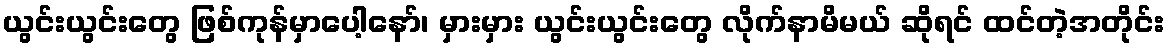
ယွင်းယွင်းတွေ ဖြစ်ကုန်မှာပေါ့နော်၊ မှားမှား ယွင်းယွင်းတွေ လိုက်နာမိမယ် ဆိုရင် ထင်တဲ့အတိုင်း